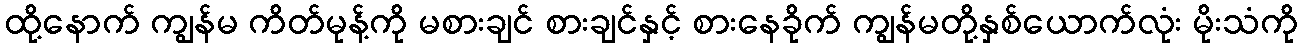
ထို့နောက် ကျွန်မ ကိတ်မုန့်ကို မစားချင် စားချင်နှင့် စားနေခိုက် ကျွန်မတို့နှစ်ယောက်လုံး မိုးသံကို